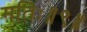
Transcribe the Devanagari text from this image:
मतिः॥९॥